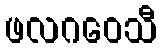
ဖလဂဝေသီ